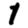
Digit: 1